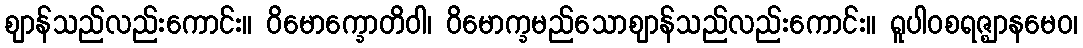
ဈာန်သည်လည်းကောင်း။ ဝိမောက္ခောတိဝါ၊ ဝိမောက္ခမည်သောဈာန်သည်လည်းကောင်း။ ရူပါဝစရဇ္ဈာနမေဝ၊